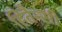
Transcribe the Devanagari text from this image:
हितैन्सी